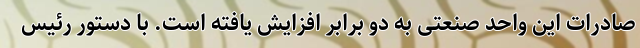
صادرات این واحد صنعتی به دو برابر افزایش یافته است. با دستور رئیس